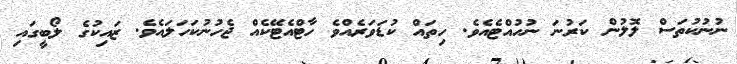
ނުނުކުތަސް ލޮލުން ކަރުނަ ނުހުއްޓެއެވެ. ހިތައް ކުޑަވަރެއްވެ ހާޓްއެޓޭކެއް ޖެހުނުކަހަލައެވެ. ޒައިކުގެ ލޯބީގައި